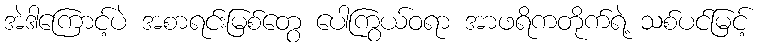
အဲဒါကြောင့်ပဲ အစာရင်းမြစ်တွေ ပေါကြွယ်ဝရာ အာဖရိကတိုက်ရဲ့ သစ်ပင်မြင့်